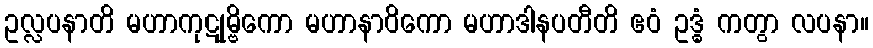
ဥလ္လပနာတိ မဟာကုဋုမ္ဗိကော မဟာနာဝိကော မဟာဒါနပတီတိ ဧဝံ ဥဒ္ဓံ ကတွာ လပနာ။